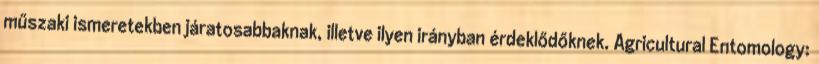
műszaki ismeretekben járatosabbaknak, illetve ilyen irányban érdeklődőknek. Agricultural Entomology: